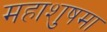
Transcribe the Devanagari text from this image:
महाशुषमा